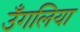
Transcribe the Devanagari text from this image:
उँगलिया